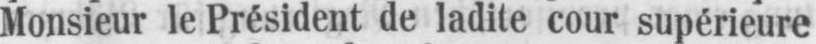
Monsieur le Président de ladite cour supérieure